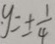
y = \pm \frac { 1 } { 4 }